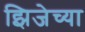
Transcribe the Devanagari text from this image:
झिजेच्या